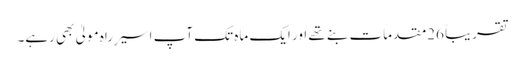
تقریباً 26مقدمات بنے تھے اور ایک ماہ تک آپ اسیر ِراہ مولیٰ بھی رہے۔